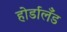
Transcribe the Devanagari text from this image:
होर्डालँड